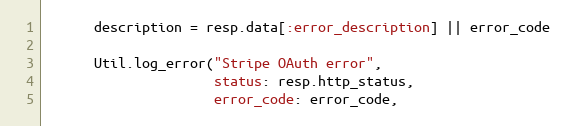
Language: Ruby
      description = resp.data[:error_description] || error_code

      Util.log_error("Stripe OAuth error",
                     status: resp.http_status,
                     error_code: error_code,